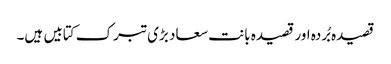
قصیدہ بُردہ اور قصیدہ بانت سعاد بڑی تبرک کتابیں ہیں۔